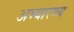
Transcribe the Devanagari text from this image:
अभ्यारण्‍य